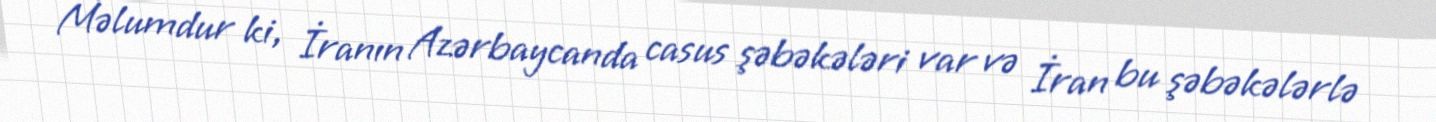
Məlumdur ki, İranın Azərbaycanda casus şəbəkələri var və İran bu şəbəkələrlə